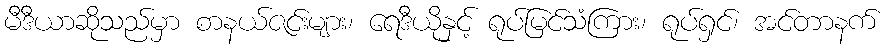
မီဒီယာဆိုသည်မှာ စာနယ်ဇင်းများ၊ ရေဒီယိုနှင့် ရုပ်မြင်သံကြား၊ ရုပ်ရှင်၊ အင်တာနက်